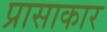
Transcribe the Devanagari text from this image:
प्रासाकार